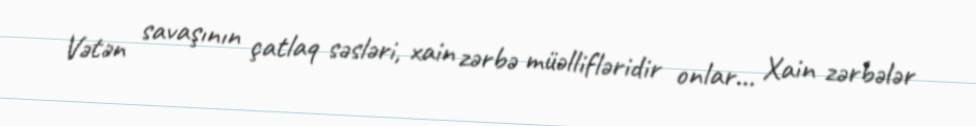
Vətən savaşının çatlaq səsləri, xain zərbə müəllifləridir onlar… Xain zərbələr